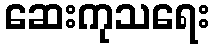
ဆေးကုသရေး